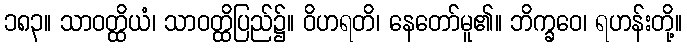
၁၈၃။ သာဝတ္ထိယံ၊ သာဝတ္ထိပြည်၌။ ဝိဟရတိ၊ နေတော်မူ၏။ ဘိက္ခဝေ၊ ရဟန်းတို့။